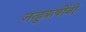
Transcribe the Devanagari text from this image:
जन्हुऋषींनी